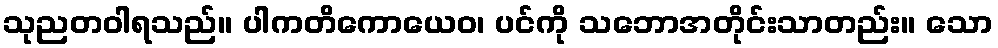
သုညတဝါရသည်။ ပါကတိကောယေဝ၊ ပင်ကို သဘောအတိုင်းသာတည်း။ သော